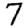
Digit: 7